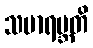
သမာရမ္ဘတိ